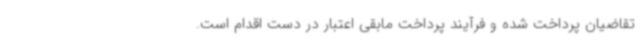
تقاضیان پرداخت شده و فرآیند پرداخت مابقی اعتبار در دست اقدام است.